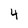
Character: 4